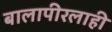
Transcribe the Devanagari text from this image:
बालापीरलाही